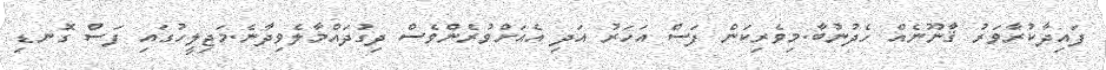
ފައިދާކުރާވަރު ޤާނޫނެއް ހެދުނުބާ.މިވެރިކަން ފަސް އަހަރު އަދި އެއަށްވުރެންވެސް ދިގުދައްމާލެވިދާނެ.މަޖިލީހުގައި ފަސް ގޮނޑި